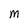
Character: m